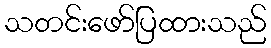
သတင်းဖော်ပြထားသည်